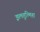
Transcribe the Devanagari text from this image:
इलतुत्मिश